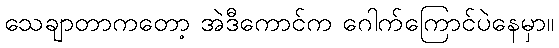
သေချာတာကတော့ အဲဒီကောင်က ဂေါက်ကြောင်ပဲနေမှာ။